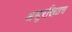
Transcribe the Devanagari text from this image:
असुरखितच